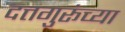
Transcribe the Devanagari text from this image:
दत्तगुरूंच्या